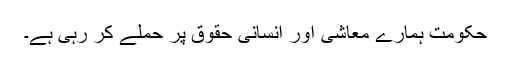
حکومت ہمارے معاشی اور انسانی حقوق پر حملے کر رہی ہے۔